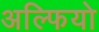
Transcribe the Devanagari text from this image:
अल्फियो